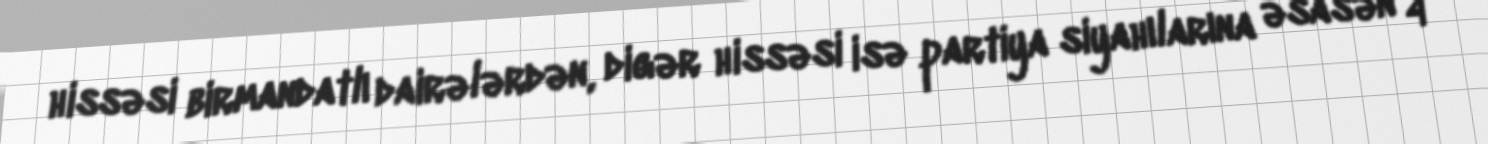
hissəsi birmandatlı dairələrdən, digər hissəsi isə partiya siyahılarına əsasən 4